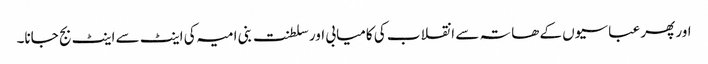
اور پھر عباسیوں کے ھاتہ سے انقلاب کی کامیابی اور سلطنت بنی امیہ کی اینٹ سے اینٹ بج جانا۔